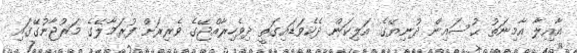
އާއިލާ އާމިނަތު ޙުސައިން ދުނިޔޭގެ އަލިކަން ދެކެވަޑައިގަތީ ދިވެހިރާއްޖޭގެ ވެރިރަށް ފުރަމާލޭގެ މަރުޖާނުގޭގައި